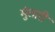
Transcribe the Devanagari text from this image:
मुंतारी